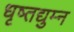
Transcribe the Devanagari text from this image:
धृष्तद्युम्न